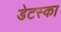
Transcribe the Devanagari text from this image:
डेटस्का